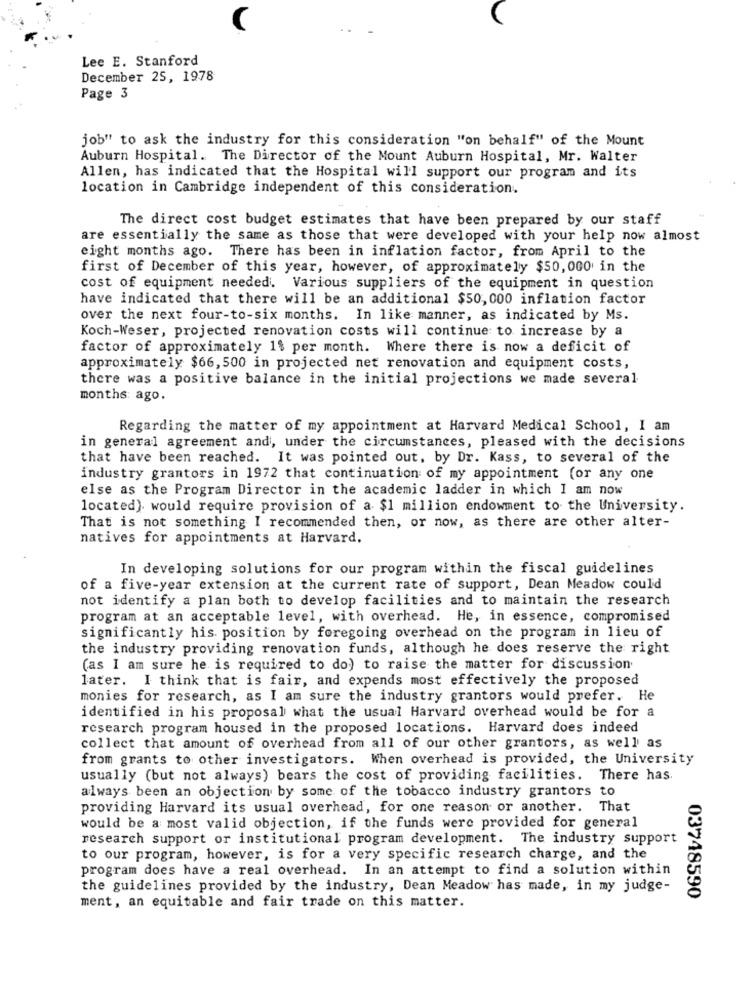
Lee E. Stanford
December 25, 1978
Page 3
job" to ask the industry for this consideration "on behalf" of the Mount
Auburn Hospital. The Director of the Mount Auburn Hospital, Mr. Walter
Allen, has indicated that the Hospital will support our program and its
location in Cambridge independent of this consideration.
The direct cost budget estimates that have been prepared by our staff
are essentially the same as those that were developed with your help now almost
eight months ago. There has been in inflation factor, from April to the
first of December of this year, however, of approximately $50, 000 in the
cost of equipment needed. Various suppliers of the equipment in question
have indicated that there will be an additional $50, 000 inflation factor
over the next four-to-six months. In like manner, as indicated by Ms.
Koch-Weser, projected renovation costs will continue to increase by a
factor of approximately 1$ per month. Where there is now a deficit of
approximately $66, 500 in projected net renovation and equipment costs,
there was a positive balance in the initial projections we made several
months ago.
Regarding the matter of my appointment at Harvard Medical School, I am
in general agreement and, under the circumstances, pleased with the decisions
that have been reached. It was pointed out, by Dr. Kass, to several of the
industry grantors in 1972 that continuation of my appointment (or any one
else as the Program Director in the academic ladder in which I am now
located). would require provision of a $1 million endowment to the University.
That is not something I recommended then, or now, as there are other alter-
natives for appointments at Harvard.
In developing solutions for our program within the fiscal guidelines
of a five-year extension at the current rate of support, Dean Meadow could
not identify a plan both to develop facilities and to maintain the research
program at an acceptable level, with overhead. He, in essence, compromised
significantly his position by foregoing overhead on the program in lieu of
the industry providing renovation funds, although he does reserve the right
(as I am sure he is required to do) to raise the matter for discussion
later. I think that is fair, and expends most effectively the proposed
monies for research, as I am sure the industry grantors would prefer. He
identified in his proposal what the usual Harvard overhead would be for a
research program housed in the proposed locations. Harvard does indeed
collect that amount of overhead from all of our other grantors, as well as
from grants to other investigators. When overhead is provided, the University
usually (but not always) bears the cost of providing facilities. There has
always been an objection by some of the tobacco industry grantors to
providing Harvard its usual overhead, for one reason or another. That
would be a most valid objection, if the funds were provided for general
research support or institutional program development. The industry support
to our program, however, is for a very specific research charge, and the
program does have a real overhead. In an attempt to find a solution within
the guidelines provided by the industry, Dean Meadow has made, in my judge-
03748590
ment, an equitable and fair trade on this matter.